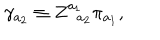
LaTeX: \gamma _ { a _ { 2 } } \equiv Z _ { \; \; a _ { 2 } } ^ { a _ { 1 } } \pi _ { a _ { 1 } } ,